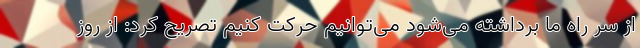
از سر راه ما برداشته می‌شود می‌توانیم حرکت کنیم تصریح کرد: از روز